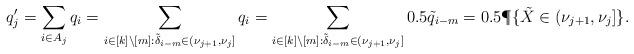
LaTeX: \begin{align*}q'_j &= \sum_{i \in A_j} q_i = \sum_{i \in [k]\setminus [m]: \tilde{\delta}_{i-m} \in (\nu_{j+1}, \nu_{j}]} q_i = \sum_{i \in [k]\setminus [m]: \tilde{\delta}_{i-m} \in (\nu_{j+1}, \nu_{j}]} 0.5 \tilde{q}_{i-m} = 0.5 \P\{ \tilde{X} \in (\nu_{j+1}, \nu_{j} ]\}.\end{align*}